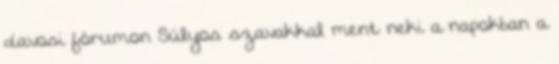
davosi fórumon Súlyos szavakkal ment neki a napokban a